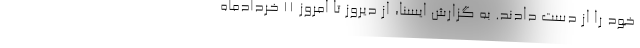
خود را از دست دادند. به گزارش ایسنا، از دیروز تا امروز ۱۱ خردادماه